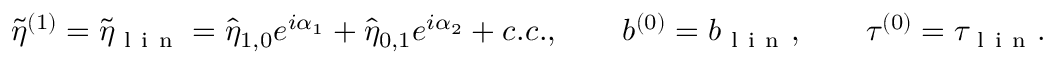
\tilde { \eta } ^ { ( 1 ) } = \tilde { \eta } _ { \mathrm { ~ l ~ i ~ n ~ } } = \hat { \eta } _ { 1 , 0 } e ^ { i \alpha _ { 1 } } + \hat { \eta } _ { 0 , 1 } e ^ { i \alpha _ { 2 } } + c . c . , \qquad b ^ { ( 0 ) } = b _ { \mathrm { ~ l ~ i ~ n ~ } } , \qquad \tau ^ { ( 0 ) } = \tau _ { \mathrm { ~ l ~ i ~ n ~ } } .